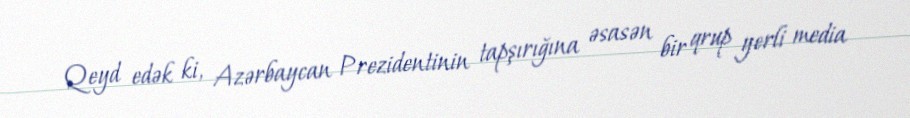
Qeyd edək ki, Azərbaycan Prezidentinin tapşırığına əsasən bir qrup yerli media